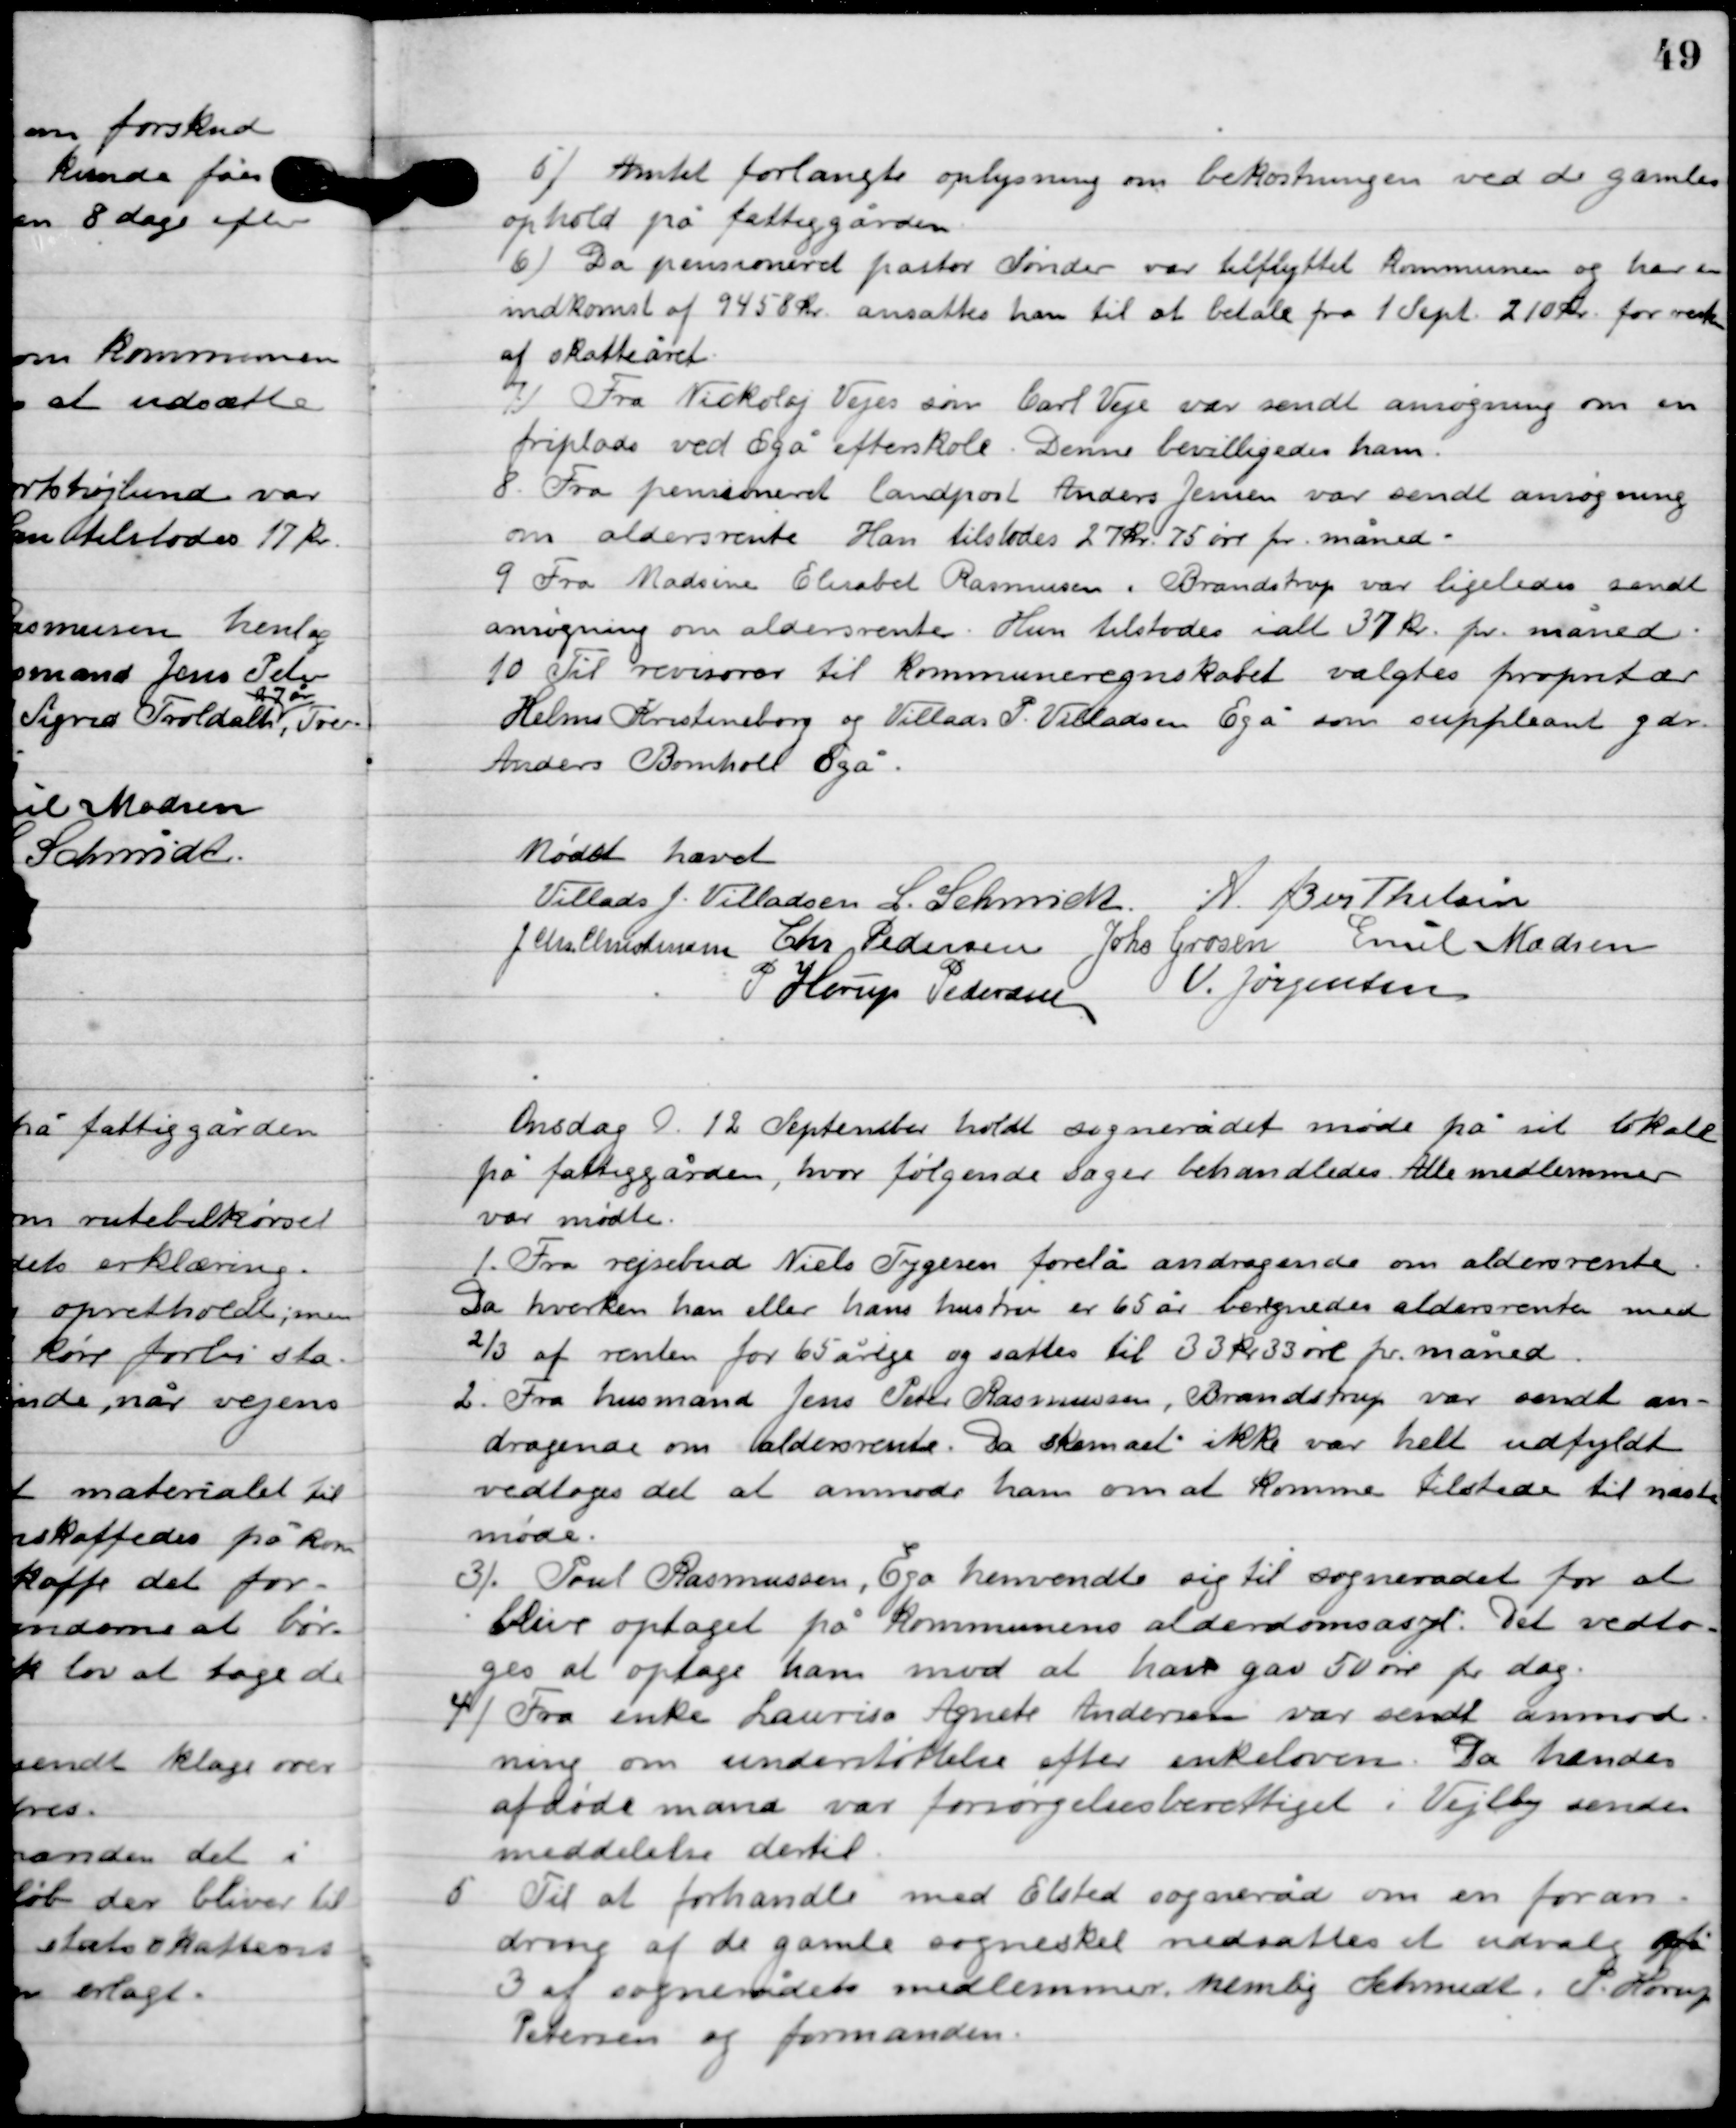
Transskription:
5

Amtet forlangte oplysning om bekostningen ved de gamles
ophold på fattiggården.

6

Da pensioneret pastor Sønder var tilflyttet kommunen og har en
indkomst af 9458 kr. ansattes han til at betale fra 1. Sept. 210 kr. for resten
af skatteåret.

7

Fra Nickolaj Vejes søn Carl Veje var sendt ansøgning om en 
friplads ved Egå efterskole. Denne bevilligedes ham.

8

Fra pensioneret landpost Anders Jensen var sendt ansøgning
om aldersrente. Han tilstodes 27 kr. 75 øre pr. måned.

9

Fra Madsine Elisabet Rasmussen i Brandstup var ligeledes sendt
ansøgning om aldersrente. Hun tilstodes i alt 37 kr. pr. måned.

10

Til revisor til Kommuneregnskabet valgtes proprietær
Helms Kristiansborg og Villads P. Villadsen Egå som suppleant gdr.
Anders Bomholt Egå.

Mødet hævet

Villads J. Villadsen
L. Schmidt
A. Berthelsen
J. Chr. Christensen
Chr. Pedersen
Johs. Grosen
Emil Madsen
P. Horup Pedersen
V. Jørgensen

Onsdag D. 12. September holdt sognerådet møde på sit lokale
på fattiggården, hvor følgende sager behandledes. Alle medlemmer
var mødte.

1

Fra rejsebud Niels Tygesen forelå andragende om aldersrente.
Da hverken han eller hans hustru er 65 år beregnedes aldersrenten med
2/3 af renten for 65 årige og sattes til 33 kr. 33 øre pr. måned.

2

Fra husmand Jens Peter Rasmussen, Brandstrup var sendt an-
dragende om aldersrente. Da skemaet ikke var helt udfyldt
vedtoges det at anmode ham om at komme tilstede til næste
 møde.

3

Poul Rasmussen, Egå henvendte sig til sognerådet for at
blive optaget på kommunens alderdomsasyl. Det vedto-
ges at optage ham mod at han gav 50 øre pr. dag.

4

Fra enke Laurits Agnete Anderssen var sendt anmod-
ning om understøttelse efter enkeloven. Da hendes 
afdøde mand var forsørgelsesberettiget i Vejlby sendes 
meddelelse dertil.

5

Til at forhandle med Elsted sogneråd om en foran-
dring af de gamle sogneskel nedsattes et udvalg på
3 af sognerådets medlemmer, nemlig Schmidt, P. Horup
Pedersen og formanden.